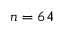
n = 6 4